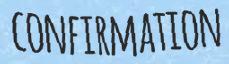
CONFIRMATION